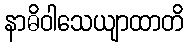
နာဓိဝါသေယျာထာတိ